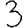
Digit: 3